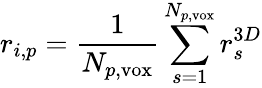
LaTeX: r_{i,p}=\frac{1}{N_{p,\mathrm{vox}}}\sum_{s=1}^{N_{p,\mathrm{vox}}}r_{s}^{3D}